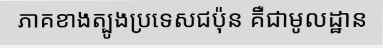
ភាគខាងត្បូងប្រទេសជប៉ុន គឺជាមូលដ្ឋាន